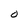
Character: o